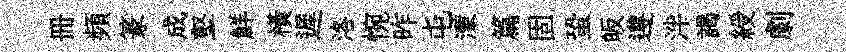
册頻篆成壑鮮橫遲洛惋昨屯濛篇固蛩皈遵泮謁綬劇